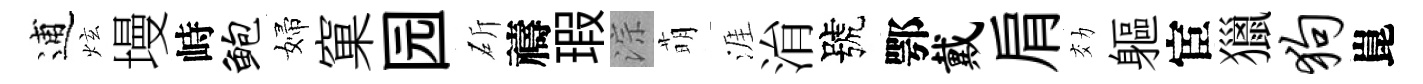
逋炫墁峙鲍婦窠园斫禱瑕淙萌涯㳙號鄂戴肩効軀宦獵狗崑